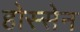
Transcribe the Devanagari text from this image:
होस्सेन